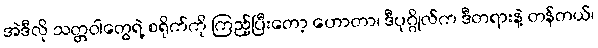
အဲဒီလို သတ္တဝါတွေရဲ့ စရိုက်ကို ကြည့်ပြီးတော့ ဟောတာ၊ ဒီပုဂ္ဂိုလ်က ဒီတရားနဲ့ တန်တယ်၊